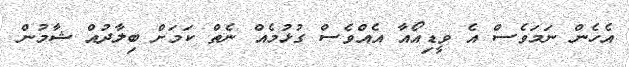
އެހެން ނަމަވެސް އެ ވީޑިއޯއާ އެއްވެސް ގުޅުމެއް ނެތް ކަމަށް ބިލާދުއް ޝާމުން